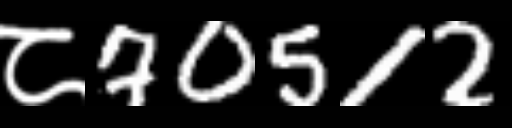
Text: ८70512